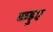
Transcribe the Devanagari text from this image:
कड़ुए